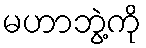
မဟာဘွဲ့ကို